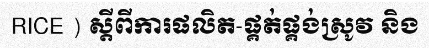
RICE ) ស្តីពីការផលិត-ផ្គត់ផ្គង់ស្រូវ និង